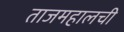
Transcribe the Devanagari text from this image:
ताजमहालची